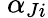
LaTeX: \ \alpha_{Ji}